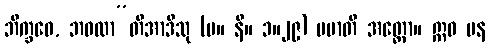
ဘိက္ခဝေ, ဘဝထာ”တိအာဒီသု (မ။ နိ။ ၁။၂၉) မမာတိ အတ္ထော။ ဣဓ ပန